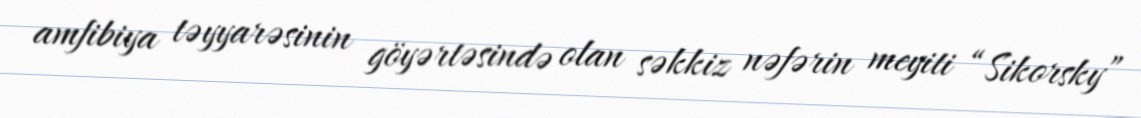
amfibiya təyyarəsinin göyərtəsində olan səkkiz nəfərin meyiti “Sikorsky”